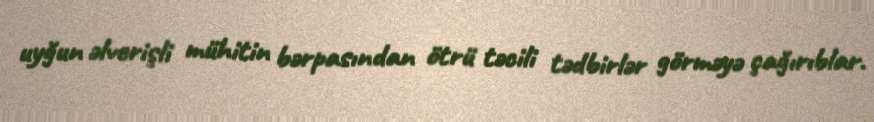
uyğun əlverişli mühitin bərpasından ötrü təcili tədbirlər görməyə çağırıblar.